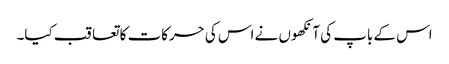
اس کے باپ کی آنکھوں نے اس کی حرکات کا تعاقب کیا۔